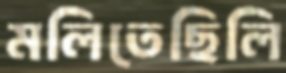
মলিতেছিলি